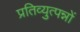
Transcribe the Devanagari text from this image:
प्रतिव्युत्पन्नों